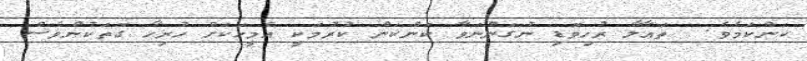
ކަންކަމެވެ.  ތަޢާލާ ރުހިވޮޑި ނުގަންނަވާ ކަންކަން ކުރުމަކީ އެމީހަކަށް ހުރިހާ ގޮތަކުންވެސް